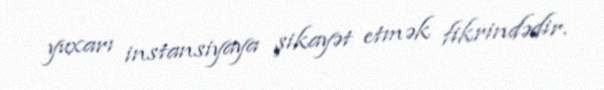
yuxarı instansiyaya şikayət etmək fikrindədir.